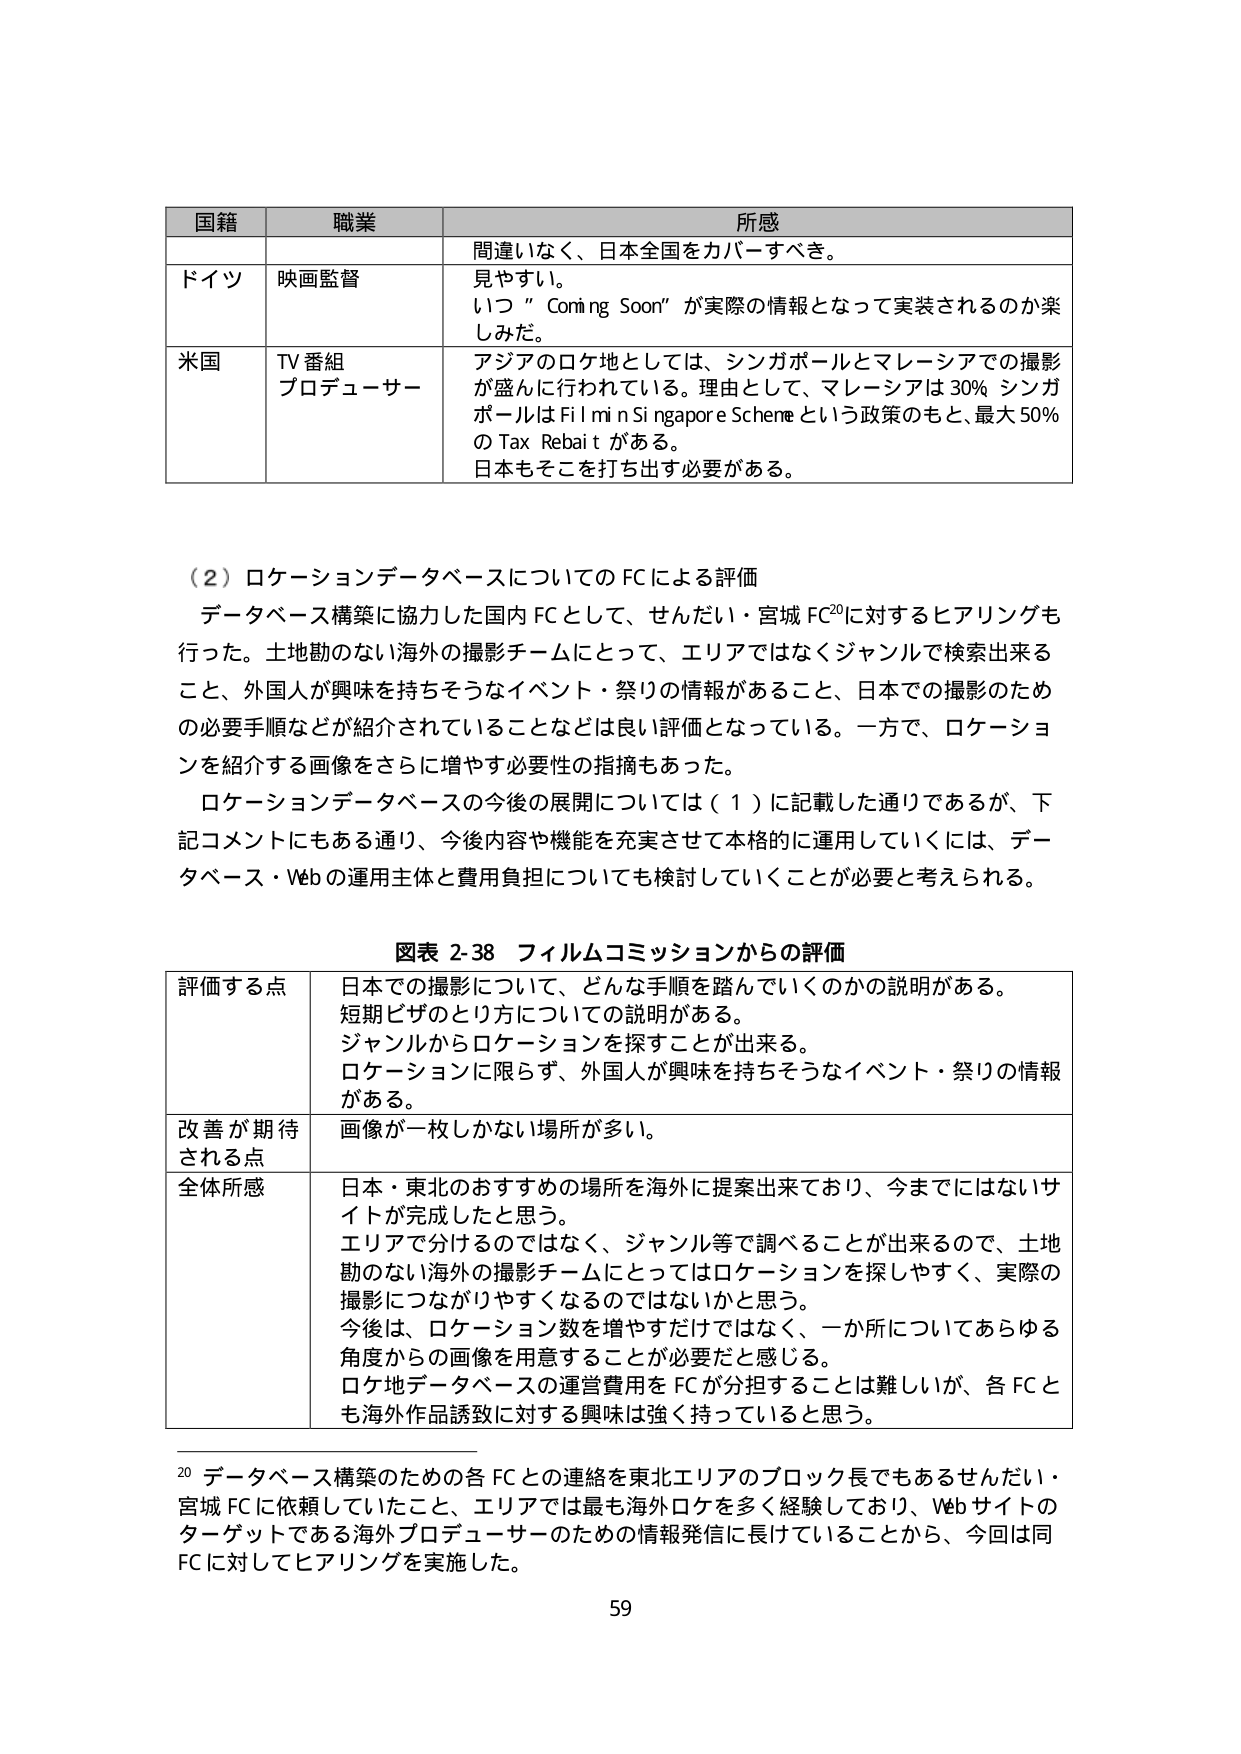
国籍 職業 所感
間違いなく、日本全国をカバーすべき。
ドイツ 映画監督 見やすい。
いつ "Coming Soon" が実際の情報となって実装されるのか楽しみだ。
米国 TV番組 プロデューサー アジアのロケ地としては、シンガポールとマレーシアでの撮影が盛んに行われている。理由として、マレーシアは30% シンガポールは Film in Singapore Scheme という政策のもと、最大50% の Tax Rebate がある。
日本もそこを打ち出す必要がある。

（2）ロケーションデータベースについてのFCによる評価
データベース構築に協力した国内FCとして、せんだい・宮城FC²⁰に対するヒアリングも行った。土地勘のない海外の撮影チームにとって、エリアではなくジャンルで検索出来ること、外国人が興味を持ちそうなイベント・祭りの情報があること、日本での撮影のための必要手順などが紹介されていることなどは良い評価となっている。一方で、ロケーションを紹介する画像をさらに増やす必要性の指摘もあった。
ロケーションデータベースの今後の展開については（1）に記載した通りであるが、下記コメントにもある通り、今後内容や機能を充実させて本格的に運用していくには、データベース・Webの運用主体と費用負担についても検討していくことが必要と考えられる。

図表 2-38 フィルムコミッションからの評価
評価する点 日本での撮影について、どんな手順を踏んでいくのかの説明がある。
短期ビザのとり方についての説明がある。
ジャンルからロケーションを探すことが出来る。
ロケーションに限らず、外国人が興味を持ちそうなイベント・祭りの情報がある。
改善が期待される点 画像が一枚しかない場所が多い。
全体所感 日本・東北のおすすめの場所を海外に提案出来ており、今までにはないサイトが完成したと思う。
エリアで分けるのではなく、ジャンル等で調べることが出来るので、土地勘のない海外の撮影チームにとってはロケーションを探しやすく、実際の撮影につながりやすくなるのではないかと思う。
今後は、ロケーション数を増やすだけではなく、一か所についてあらゆる角度からの画像を用意することが必要だと感じる。
ロケ地データベースの運営費用をFCが分担することは難しいが、各FCとも海外作品誘致に対する興味は強く持っていると思う。

²⁰ データベース構築のための各FCとの連絡を東北エリアのブロック長でもあるせんだい・宮城FCに依頼していたこと、エリアでは最も海外ロケを多く経験しており、Webサイトのターゲットである海外プロデューサーのための情報発信に長けていることから、今回は同FCに対してヒアリングを実施した。
59